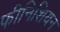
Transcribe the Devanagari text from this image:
फीनिशियन